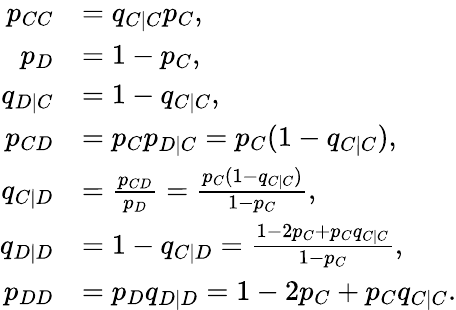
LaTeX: \begin{array}{rl}{p_{CC}}&{=q_{C|C}p_{C},}\\ {p_{D}}&{=1-p_{C},}\\ {q_{D|C}}&{=1-q_{C|C},}\\ {p_{CD}}&{=p_{C}p_{D|C}=p_{C}(1-q_{C|C}),}\\ {q_{C|D}}&{=\frac{p_{CD}}{p_{D}}=\frac{p_{C}(1-q_{C|C})}{1-p_{C}},}\\ {q_{D|D}}&{=1-q_{C|D}=\frac{1-2p_{C}+p_{C}q_{C|C}}{1-p_{C}},}\\ {p_{DD}}&{=p_{D}q_{D|D}=1-2p_{C}+p_{C}q_{C|C}.}\end{array}